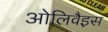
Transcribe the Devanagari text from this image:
ओलिवैइस